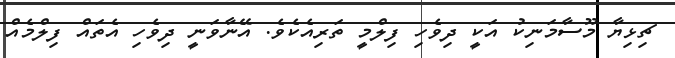
ޗިޅިޔާ މޫސާމަނިކު އަކީ ދިވެހި ފިލްމީ ތަރިއެކެވެ. އޭނާވަނީ ދިވެހި އެތައް ފިލްމެއް